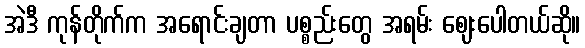
အဲဒီ ကုန်တိုက်က အရောင်းချတာ ပစ္စည်းတွေ အရမ်း ဈေးပေါတယ်ဆို။